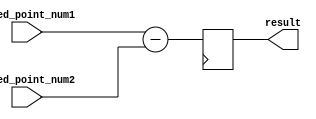
module fixed_point_subtractor (
    input [15:0] fixed_point_num1,
    input [15:0] fixed_point_num2,
    output reg [15:0] result
);

reg [15:0] subtracted_num;

always @(*) begin
    subtracted_num = fixed_point_num1 - fixed_point_num2;
end

always @(posedge clk) begin
    result <= subtracted_num;
end

endmodule